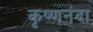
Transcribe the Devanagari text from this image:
कृष्णनंदा